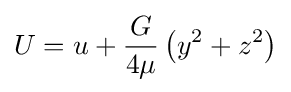
U=u+{\frac {G}{4\mu }}\left(y^{2}+z^{2}\right)